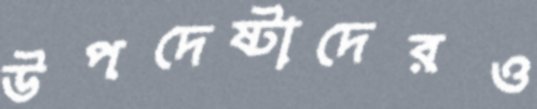
উপদেষ্টাদেরও